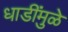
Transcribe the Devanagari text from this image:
धाडींमुळे